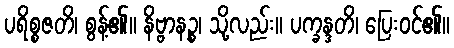
ပရိစ္စဇတိ၊ စွန့်၏။ နိဗ္ဗာနဉ္စ၊ သို့လည်း။ ပက္ခန္ဒတိ၊ ပြေးဝင်၏။